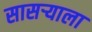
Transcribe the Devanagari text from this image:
सासर्‍याला